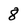
Character: 8